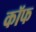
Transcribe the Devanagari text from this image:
कॉफ